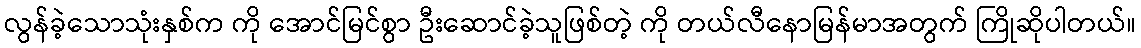
လွန်ခဲ့သောသုံးနှစ်က ကို အောင်မြင်စွာ ဦးဆောင်ခဲ့သူဖြစ်တဲ့ ကို တယ်လီနောမြန်မာအတွက် ကြိုဆိုပါတယ်။